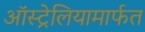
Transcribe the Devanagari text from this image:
ऑस्ट्रेलियामार्फत